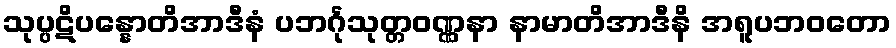
သုပ္ပဋိပန္နောတိအာဒီနံ ပဘင်္ဂုသုတ္တဝဏ္ဏနာ နာမာတိအာဒီနိ အရူပဘဝတော